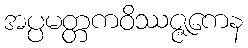
အပ္ပမတ္တကဝိဿဇ္ဇကေန